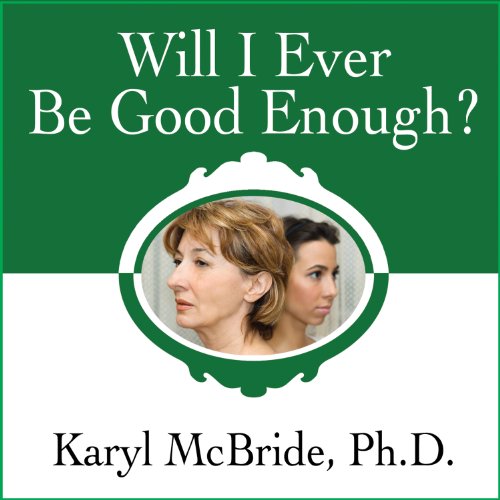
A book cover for Will I Ever Be Good Enough?: Healing the Daughters of Narcissistic Mothers; Karyl McBride; Self-Help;